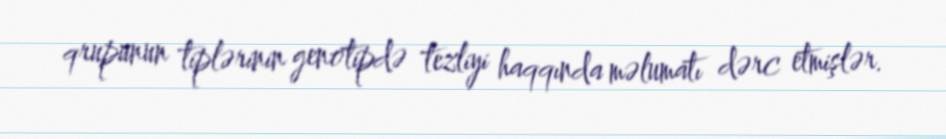
qrupunun tiplərinin genotipdə tezliyi haqqında məlumatı dərc etmişlər.